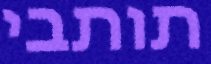
תותבי